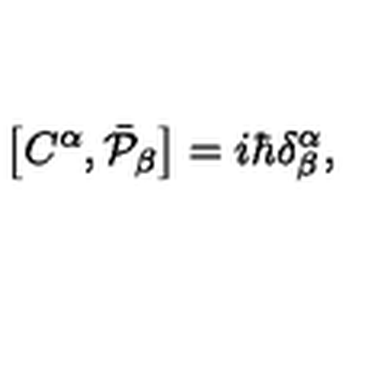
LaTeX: \left[ C ^ { \alpha } , \bar { { \cal P } } _ { \beta } \right] = i \hbar \delta _ { \beta } ^ { \alpha } ,